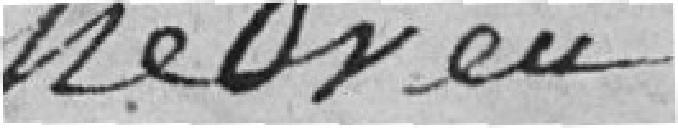
neveu